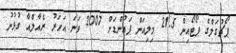
ޕޯޗުގަލްގެ ޕޯޓޯއިން 21.5 މިލިއަން ޕައުންޑަށް 2007 ވަނަ އަހަރު ރެއާލްއާ ގުޅުނު